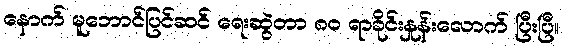
နောက် မူဘောင်ပြင်ဆင် ရေးဆွဲတာ ၈ဝ ရာခိုင်းနှုန်းလောက် ပြီးပြီ။